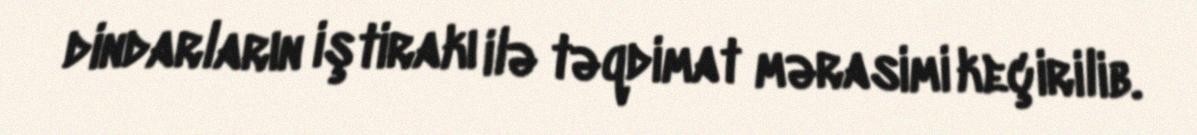
dindarların iştirakı ilə təqdimat mərasimi keçirilib.